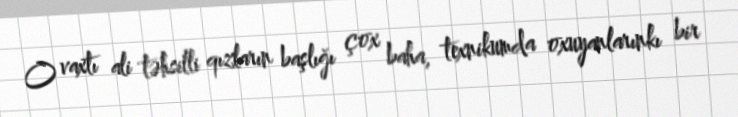
O vaxtı ali təhsilli qızların başlığı çox baha, texnikumda oxuyanlarınkı bir